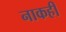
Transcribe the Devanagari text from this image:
नाकही